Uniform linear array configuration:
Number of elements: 16
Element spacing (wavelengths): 0.5
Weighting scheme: blackman
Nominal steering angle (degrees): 0
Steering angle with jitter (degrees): -1.27
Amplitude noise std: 0.05
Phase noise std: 0.05

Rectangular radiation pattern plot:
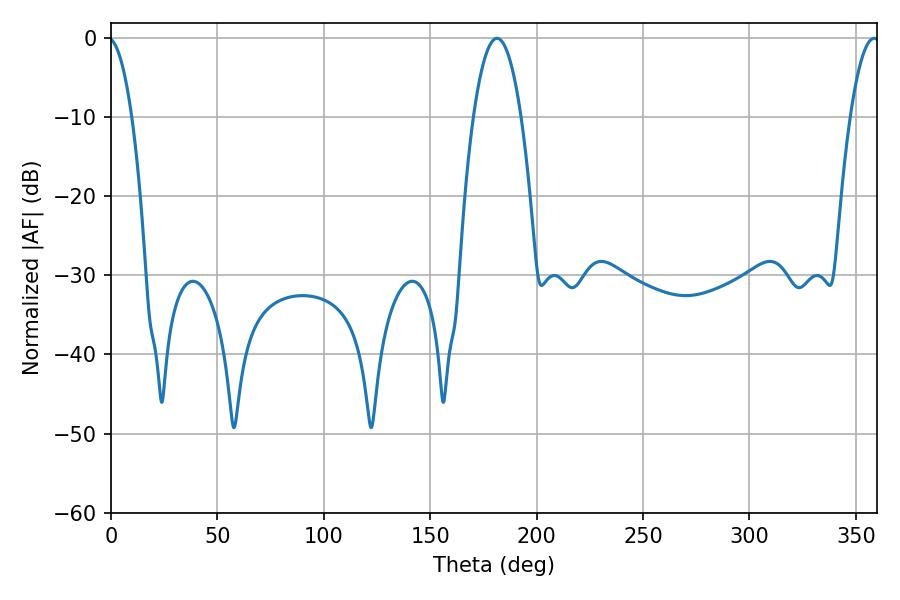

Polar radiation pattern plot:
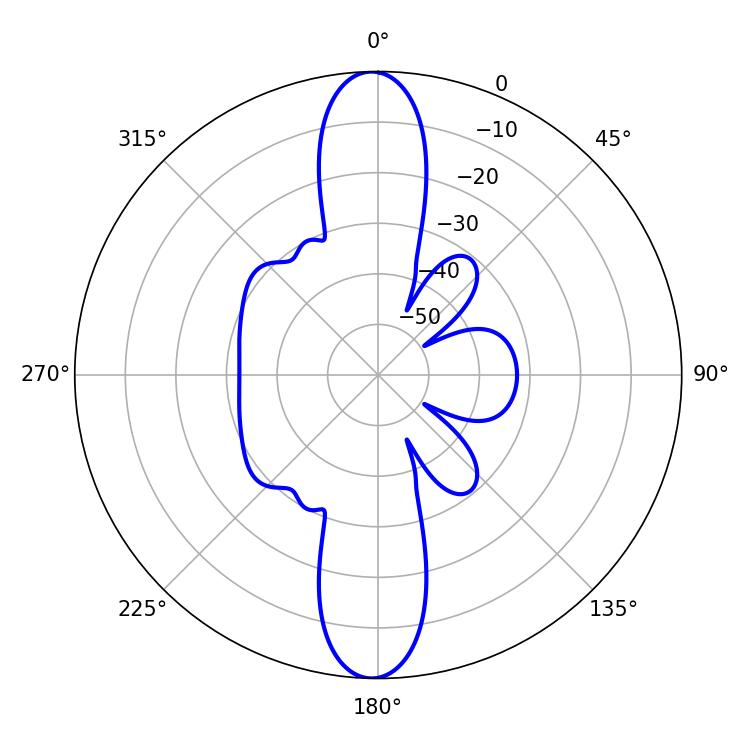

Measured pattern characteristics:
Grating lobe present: FALSE
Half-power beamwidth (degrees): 12.42
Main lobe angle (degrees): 181.44